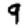
Digit: 9